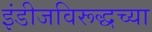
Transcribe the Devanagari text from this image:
इंडीजविरूद्धच्या